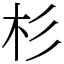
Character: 杉